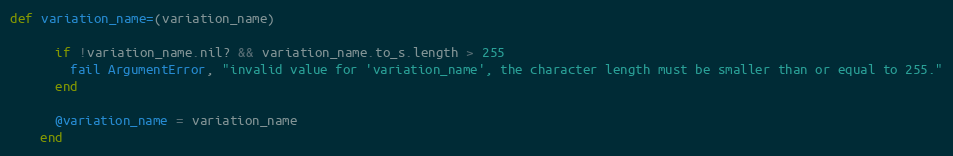
Language: Ruby
def variation_name=(variation_name)

      if !variation_name.nil? && variation_name.to_s.length > 255
        fail ArgumentError, "invalid value for 'variation_name', the character length must be smaller than or equal to 255."
      end

      @variation_name = variation_name
    end